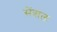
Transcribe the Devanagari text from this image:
सेंत्राल